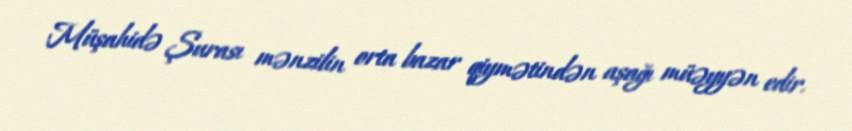
Müşahidə Şurası mənzilin orta bazar qiymətindən aşağı müəyyən edir.